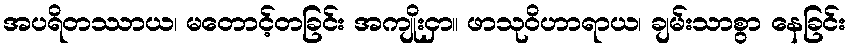
အပရိတဿာယ၊ မတောင့်တခြင်း အကျိုးငှာ။ ဖာသုဝိဟာရာယ၊ ချမ်းသာစွာ နေခြင်း